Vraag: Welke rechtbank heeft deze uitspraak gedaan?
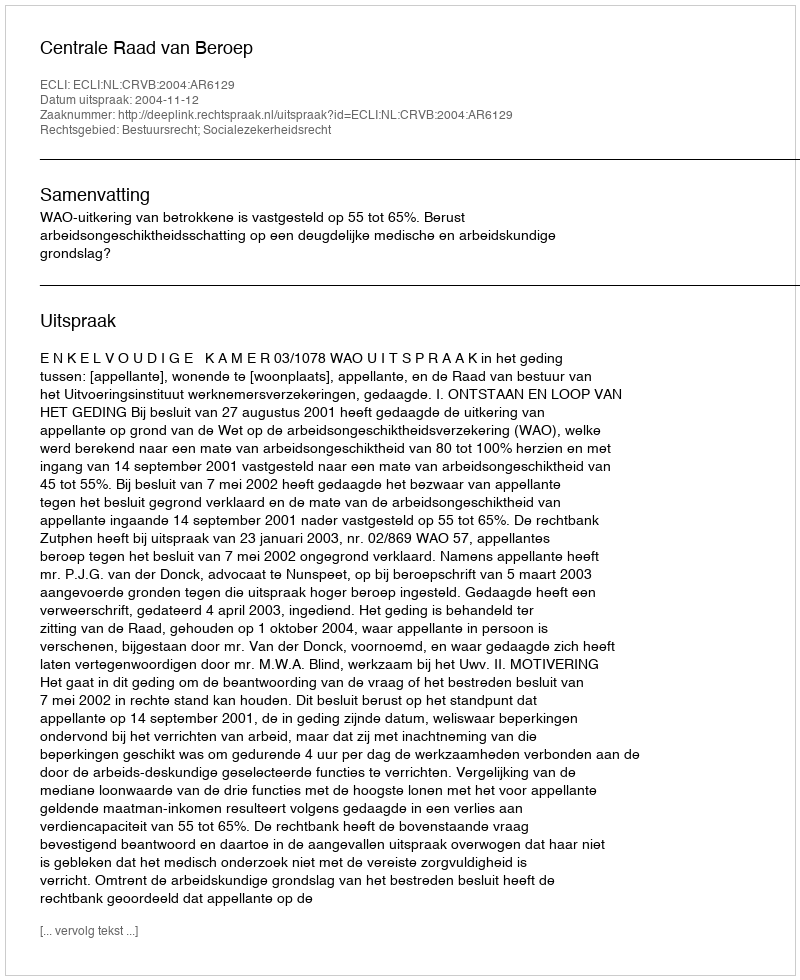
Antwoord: Centrale Raad van Beroep